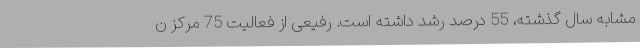
مشابه سال گذشته، 55 درصد رشد داشته است. رفیعی از فعالیت 75 مرکز ن